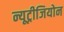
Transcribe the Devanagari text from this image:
न्यूट्रीजियोन